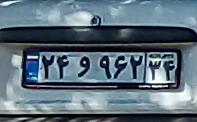
۲۴و۹۶۲۳۴